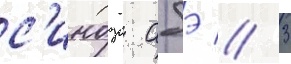
с'индзо абэ // 3